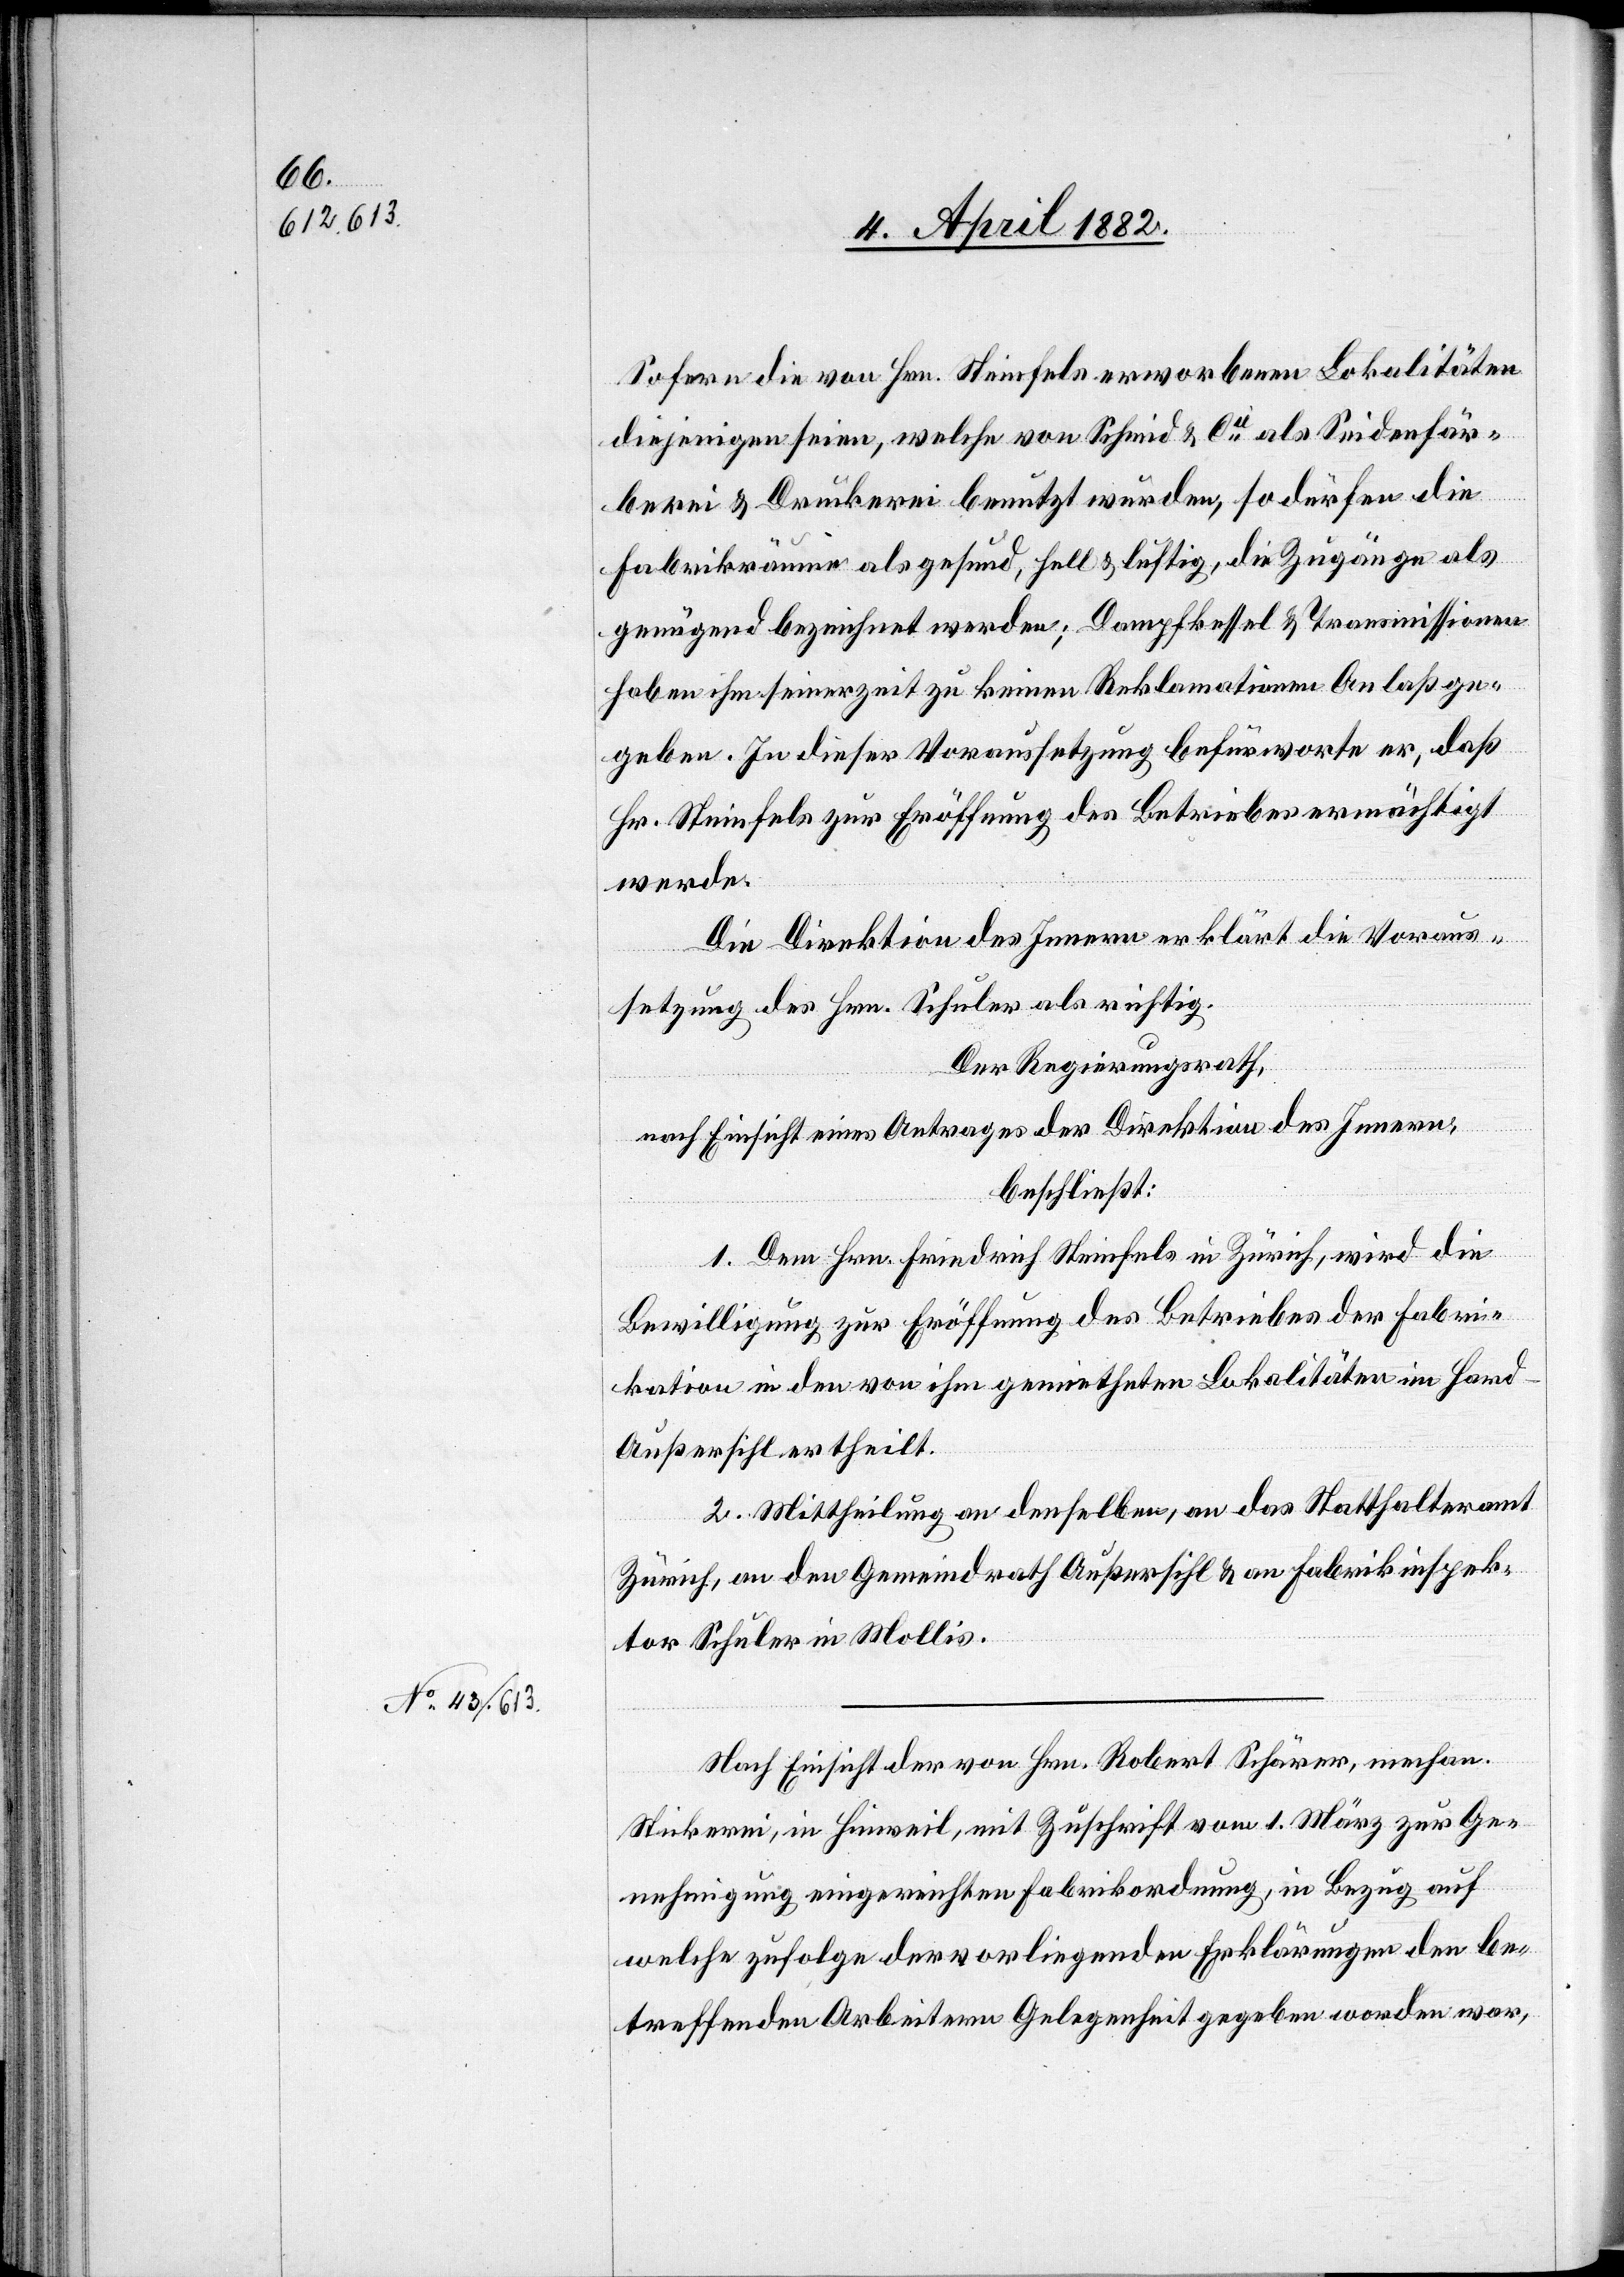
Sofern die von Hrn. Steinfels erworbenen Lokalitäten
diejenigen seien, welche von Schmid & Cie als Seidenfär¬
berei & Druckerei benutzt wurden, so dürfen die
Fabrikräume als gesund, hell & luftig, die Zugänge als
genügend bezeichnet werden; Dampfkessel & Transmissionen
haben ihm seinerzeit zu keinen Reklamationen Anlaß ge¬
geben. In dieser Voraussetzung befürworte er, daß
Hr. Steinfels zur Eröffnung des Betriebes ermächtigt
werde.
Die Direktion des Innern erklärt die Voraus¬
setzung des Hrn. Schuler als richtig.
Der Regierungsrath,
nach Einsicht eines Antrages der Direktion des Innern,
beschließt:
1. Dem Hrn. Friedrich Steinfels in Zürich, wird die
Bewilligung zur Eröffnung des Betriebes der Fabri¬
kation in den von ihm gemietheten Lokalitäten im Hard
Außersihl ertheilt.
2. Mittheilung an denselben, an das Statthalteramt
Zürich, an den Gemeindrath Außersihl & an Fabrikinspek¬
tor Schuler in Mollis.
Nach Einsicht der von Hrn. Robert Schärer, mechan.
Stickerei, in Hinweil, mit Zuschrift vom 1. März zur Ge¬
nehmigung eingereichten Fabrikordnung, in Bezug auf
welche zufolge der vorliegenden Erklärungen den be¬
treffenden Arbeitern Gelegenheit gegeben worden war,